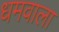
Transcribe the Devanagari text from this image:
धमवाला